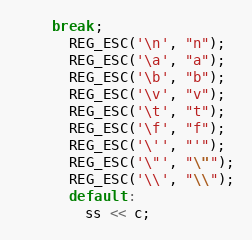
Language: C++
    break;
      REG_ESC('\n', "n");
      REG_ESC('\a', "a");
      REG_ESC('\b', "b");
      REG_ESC('\v', "v");
      REG_ESC('\t', "t");
      REG_ESC('\f', "f");
      REG_ESC('\'', "'");
      REG_ESC('\"', "\"");
      REG_ESC('\\', "\\");
      default:
        ss << c;